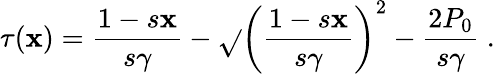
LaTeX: \tau(\mathbf{x})=\frac{{1-s\mathbf{x}}}{{s\gamma}}-\sqrt{}{{\left(\frac{{1-s\mathbf{x}}}{{s\gamma}}\right)^{2}-\frac{{2P_{0}}}{{s\gamma}}}}\; .